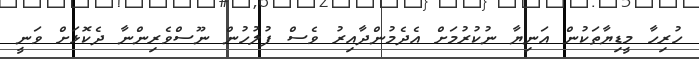
ހުރިހާ މީޑިޔާތަކުން އަނިޔާ ނުކުރުމަށް އެދެމުންދާއިރު ވެސް ފުލުހުން ނޫސްވެރިންނާ ދެކޮޅަށް ވަނީ